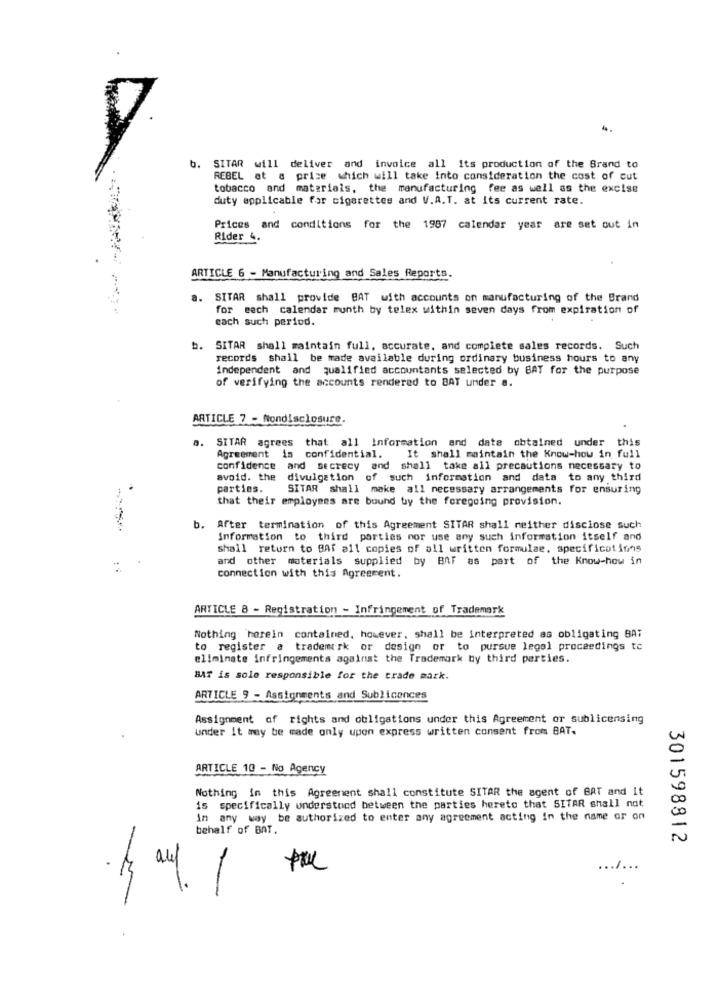
b.
SITAR will deliver and invoice all its production of the Brand to
REBEL at a price which will take into consideration the cost of cut
tobacco and materials, the manufacturing fee as well as the excise
duty applicable for cigarettes and V.A.T. at its current rate.
Prices and conditions for the 1987 calendar year are set out in
Rider 4.
ARTICLE 6 - Manufacturing and Sales Reports.
a.
SITAR shall provide BAT with accounts on manufacturing of the Brand
for each calendar month by telex within seven days from expiration of
each such period.
b. SITAR shall maintain full, accurate, and complete sales records. Such
records shall be made available during ordinary business hours to any
independent and qualified accountants selected by BAT for the purpose
of verifying the accounts rendered to BAY under a.
ARTICLE 7 - Nondisclosure.
SITAR agrees that all Information and date obtained under this
Agreement is confidential.
It shall maintain the Know-how in full
confidence and secrecy and shall take all precautions necessary to
avoid. the
divulgation of such information and data to any third
.
parties.
SITAR shall make all necessary arrangements for ensuring
that their employees are bound by the foregoing provision.
b. After termination of this Agreement SITAR shall neither disclose such
Information to third parties nor use any such information itself and
shall return to BAf all copies of all written formulae. specificotions
and other materials supplied by BAT as part of the Know-how in
connection with this Agreement.
ARTICLE 8 - Registration - Infringement of Trademark
Nothing 'herein contained, however, shall be interpreted as obligating BAT
to register a trademark or design or to pursue legal proceedings to
eliminate infringements against the Trademark by third parties.
BAT is sole responsible for the trade mark.
ARTICLE 9 - Assignments and Sublicences
Assignment of rights and obligations under this Agreement or sublicensing
under It may be made only upon express written consent from BAT.
ARTICLE 10 - No Agency
Nothing in this Agreement shall constitute SITAR the agent of BAT and it
is specifically understood between the parties hereto that SITAR shall not
in any way be authorized to enter any agreement acting in the name or on
behalf of BAT.
301598812
.......
· ty and. 1